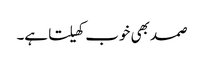
صمد بھی خوب کھیلتا ہے۔